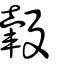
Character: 轂